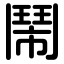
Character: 鬧